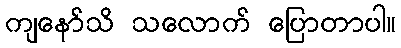
ကျနော်သိ သလောက် ပြောတာပါ။